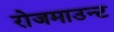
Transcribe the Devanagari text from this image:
रोजमाउन्ट